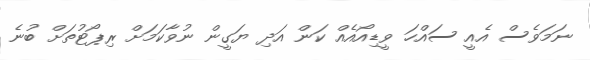
ނަމަވެސް އެއީ ސައްހަ ވީޑިއޯއެއް ކަން އަދި ޔަގީން ނުވާކަމަށް ރިޕޯޓުތަށް ބުނެ